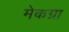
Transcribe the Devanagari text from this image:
मेकग्रा